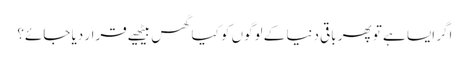
اگر ایسا ہے تو پھر باقی دنیا کے لوگوں کو کیا گھس بیٹھیے قرار دیا جائے؟